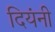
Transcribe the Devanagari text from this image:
दियंनी